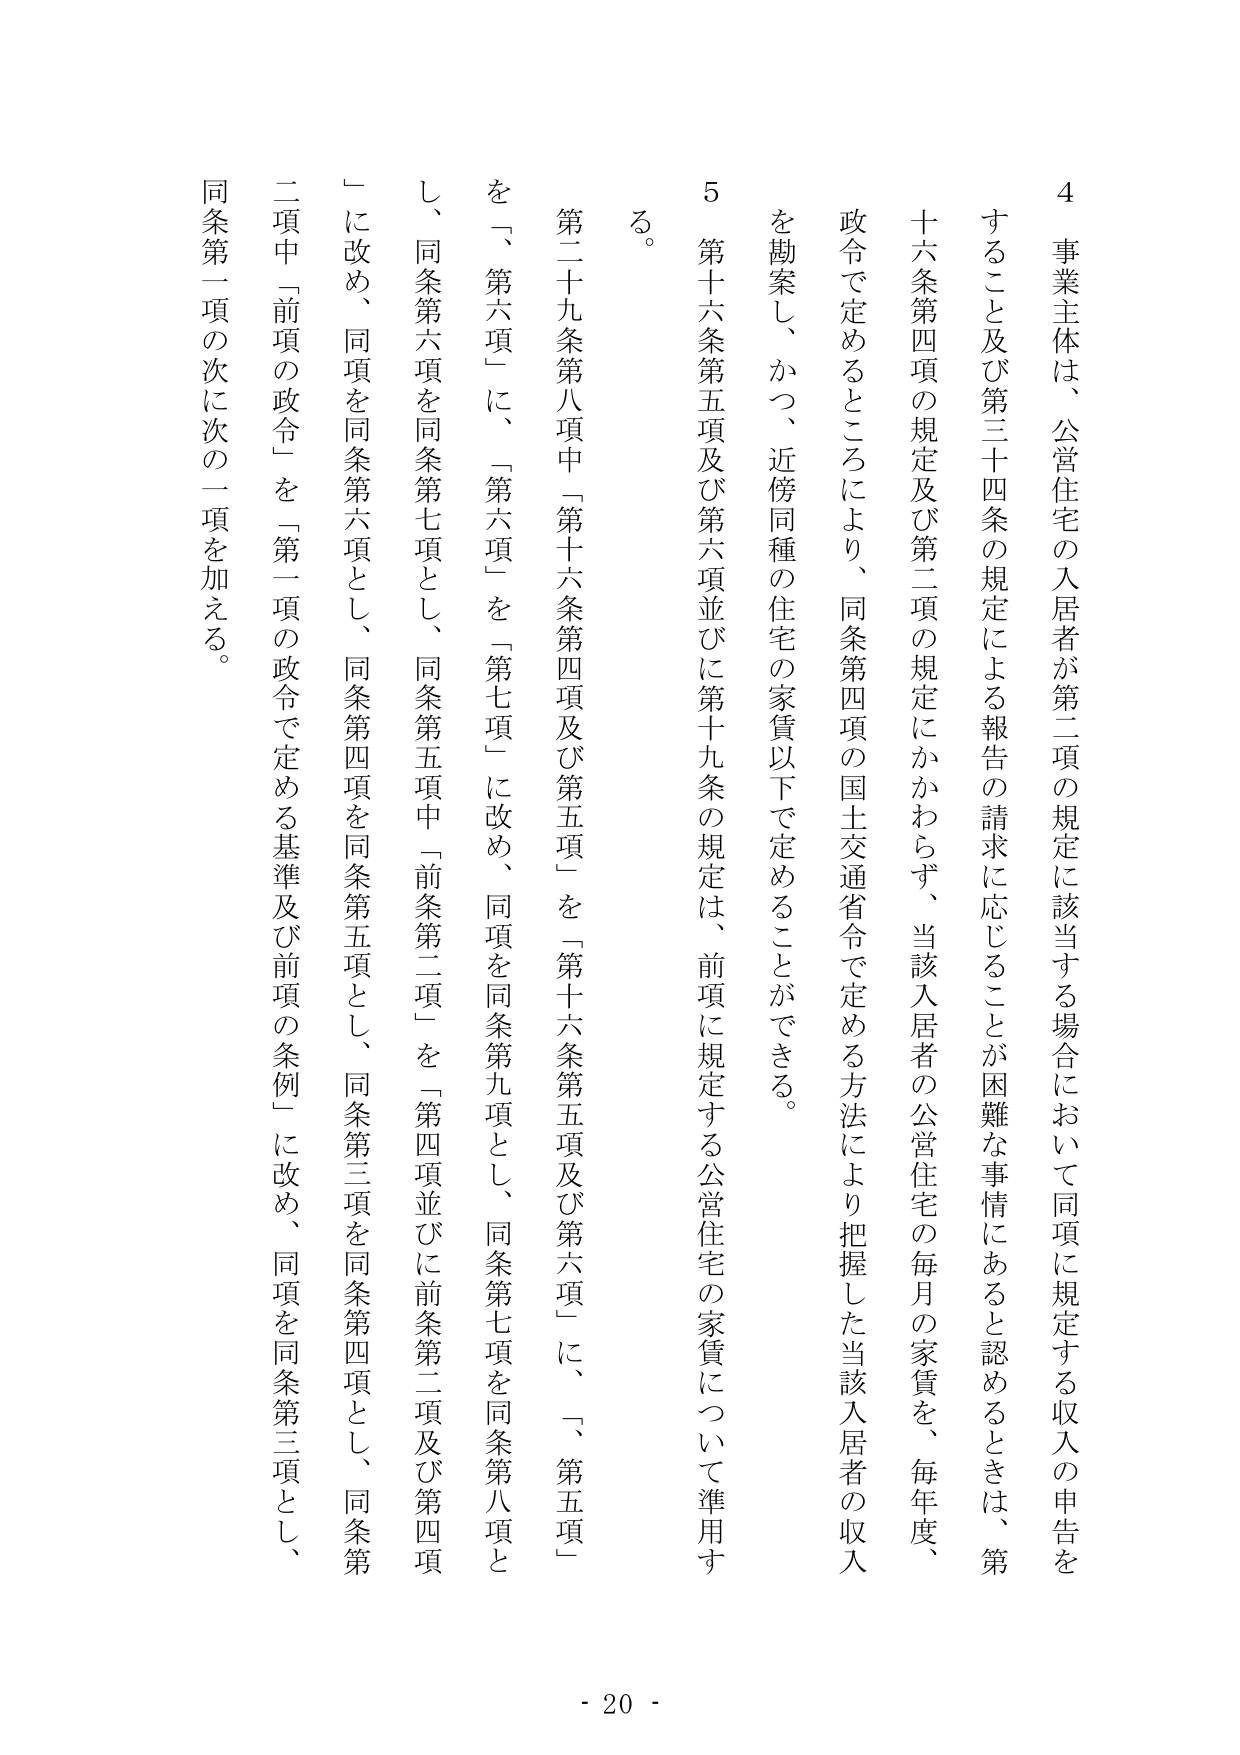
4 事業主体は、公営住宅の入居者が第二項の規定に該当する場合において同項に規定する収入の申告を
すること及び第三十四条の規定による報告の請求に応じることが困難な事情にあると認めるときは、第
十六条第四項の規定及び第二項の規定にかかわらず、当該入居者の公営住宅の毎月の家賃を、毎年度、
政令で定めるところにより、同条第四項の国土交通省令で定める方法により把握した当該入居者の収入
を勘案し、かつ、近傍同種の住宅の家賃以下で定めることができる。
5 第十六条第五項及び第六項並びに第十九条の規定は、前項に規定する公営住宅の家賃について準用す
る。
第二十九条第八項中「第十六条第四項及び第五項」を「第十六条第五項及び第六項」に、「第五項」
を「第六項」に、「第六項」を「第七項」に改め、同項を同条第九項とし、同条第七項を同条第八項と
し、同条第六項を同条第七項とし、同条第五項中「前条第二項」を「第四項並びに前条第二項及び第四項
」に改め、同項を同条第六項とし、同条第四項を同条第五項とし、同条第三項を同条第四項とし、同条第
二項中「前項の政令」を「第一項の政令で定める基準及び前項の条例」に改め、同項を同条第三項とし、
同条第一項の次に次の一項を加える。
- 20 -